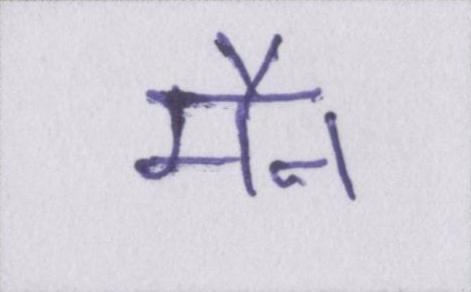
मैन